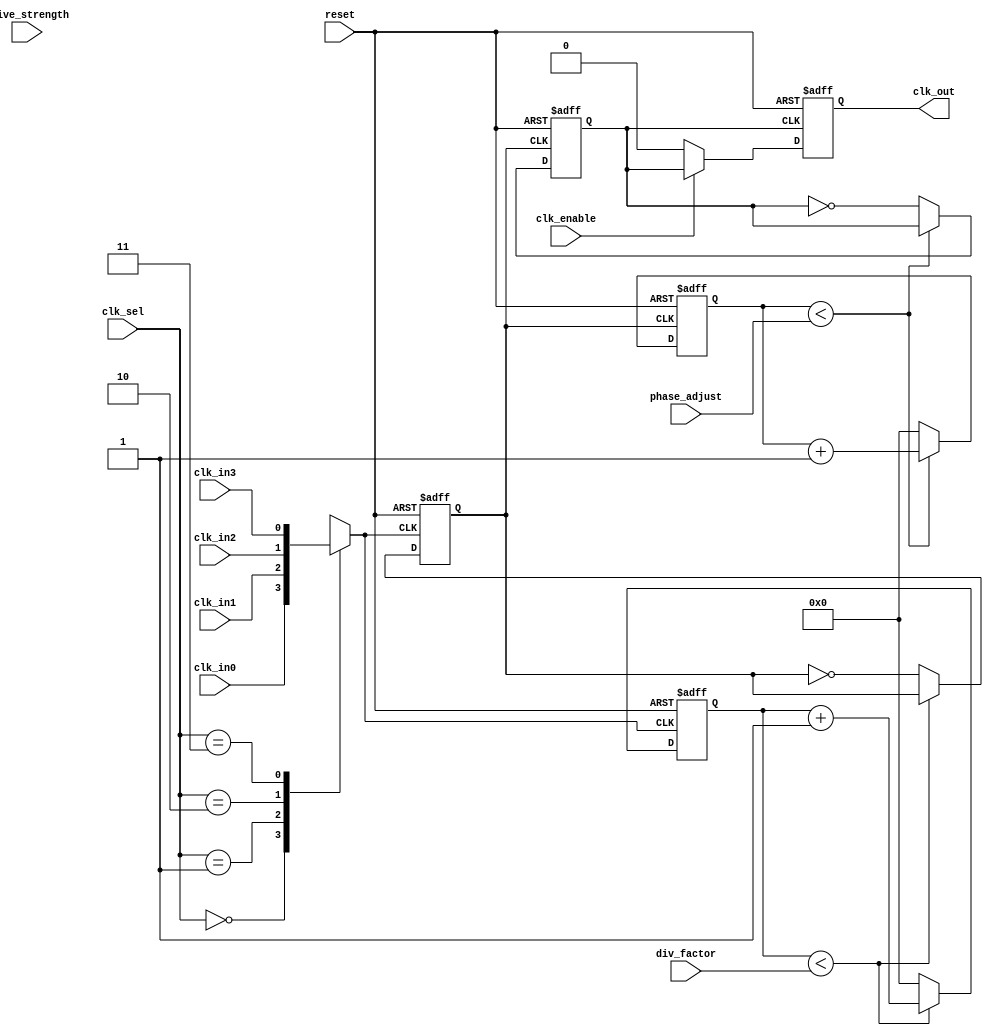
module ProgrammableClockBuffer (
    input  wire       clk_in0,       // First clock input
    input  wire       clk_in1,       // Second clock input
    input  wire       clk_in2,       // Third clock input
    input  wire       clk_in3,       // Fourth clock input
    input  wire       clk_enable,     // Enable signal for clock gating
    input  wire       reset,          // Reset signal
    input  wire [1:0] clk_sel,       // Clock select (2 bits for 4 clock inputs)
    input  wire [3:0] div_factor,     // Division factor for frequency division (4 bits)
    input  wire [2:0] phase_adjust,   // Phase adjustment (3 bits for delay control)
    input  wire [1:0] drive_strength,  // Drive strength control (2 bits)
    output reg        clk_out          // Output clock
);

// Internal signals
reg [3:0] clk_div;
reg clk_selected;
reg clk_divided;
reg clk_phase_adjusted;
reg [3:0] drive_strength_reg;

// Clock selection using multiplexer
always @(*) begin
    case (clk_sel)
        2'b00: clk_selected = clk_in0;
        2'b01: clk_selected = clk_in1;
        2'b10: clk_selected = clk_in2;
        2'b11: clk_selected = clk_in3;
        default: clk_selected = clk_in0; // Default case
    endcase
end

// Frequency division logic
always @(posedge clk_selected or posedge reset) begin
    if (reset) begin
        clk_div <= 0;
        clk_divided <= 0;
    end else begin
        if (clk_div < div_factor) begin
            clk_div <= clk_div + 1;
        end else begin
            clk_div <= 0;
            clk_divided <= ~clk_divided; // Toggle output clock after division
        end
    end
end

// Phase adjustment logic (simple delay implementation)
reg [3:0] phase_counter;
always @(posedge clk_divided or posedge reset) begin
    if (reset) begin
        phase_counter <= 0;
        clk_phase_adjusted <= 0;
    end else if (phase_counter < phase_adjust) begin
        phase_counter <= phase_counter + 1;
    end else begin
        clk_phase_adjusted <= ~clk_phase_adjusted; // Toggle clock based on phase adjustment
        phase_counter <= 0;
    end
end

// Drive strength control
always @(*) begin
    case (drive_strength)
        2'b00: drive_strength_reg = 4'b0001; // Low drive strength
        2'b01: drive_strength_reg = 4'b0011; // Medium drive strength
        2'b10: drive_strength_reg = 4'b0111; // High drive strength
        2'b11: drive_strength_reg = 4'b1111; // Maximum drive strength
        default: drive_strength_reg = 4'b0001; // Default low drive strength
    endcase
end

// Clock gating logic
always @(posedge clk_phase_adjusted or posedge reset) begin
    if (reset) begin
        clk_out <= 0;
    end else if (clk_enable) begin
        clk_out <= clk_phase_adjusted; // Pass the adjusted clock to output
    end else begin
        clk_out <= 0; // Gated clock output
    end
end

endmodule